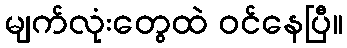
မျက်လုံးတွေထဲ ဝင်နေပြီ။